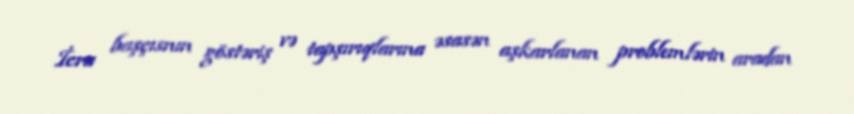
İcra başçısnın göstəriş və tapşırıqlarına əsasən aşkarlanan problemlərin aradan